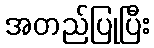
အတည်ပြုပြီး